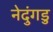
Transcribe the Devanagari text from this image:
नेदुंगडु